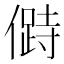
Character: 𠍰